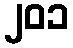
၂၀၁